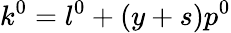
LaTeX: k^{0}=l^{0}+(y+s)p^{0}